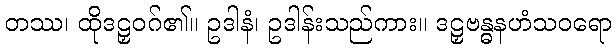
တဿ၊ ထိုဒဠှဝဂ်၏။ ဥဒါနံ၊ ဥဒါန်းသည်ကား။ ဒဠှဗန္ဓနဟံသဝရော